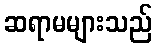
ဆရာမများသည်